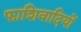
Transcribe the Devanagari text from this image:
फाशिवादियों